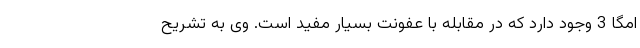
امگا 3 وجود دارد که در مقابله با عفونت بسیار مفید است. وی به تشریح